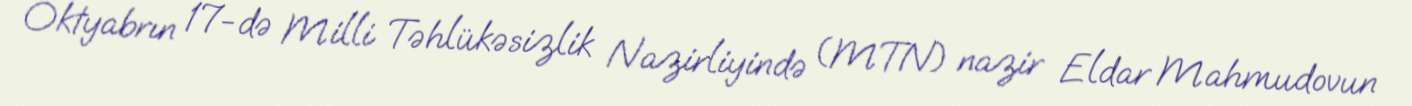
Oktyabrın 17-də Milli Təhlükəsizlik Nazirliyində (MTN) nazir Eldar Mahmudovun